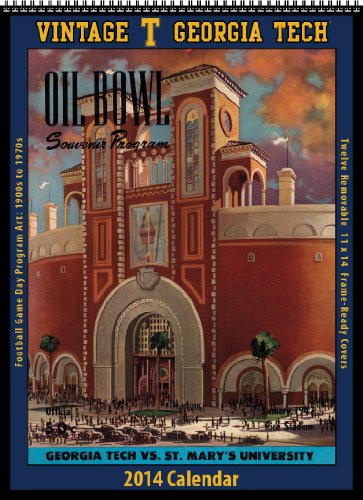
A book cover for Georgia Tech Yellow Jackets 2014 Vintage Football Calendar; Asgard Press; Calendars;